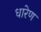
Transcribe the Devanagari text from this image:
धारेण